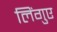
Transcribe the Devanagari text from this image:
लिंगुए